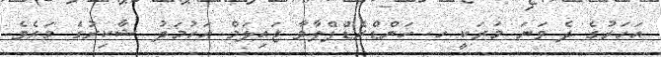
އަހަރުގެ ދެ ވަނަ މަރަކީ ހ. ހަންޑްރެޑްފްލާވާ ޖައިލަމް އަހުމަދު ޝާކިރުގެ މަރެވެ.